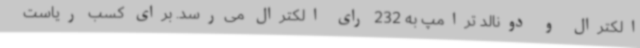
الکترال و دونالد ترامپ به 232 رای الکترال می‌رسد. برای کسب ریاست